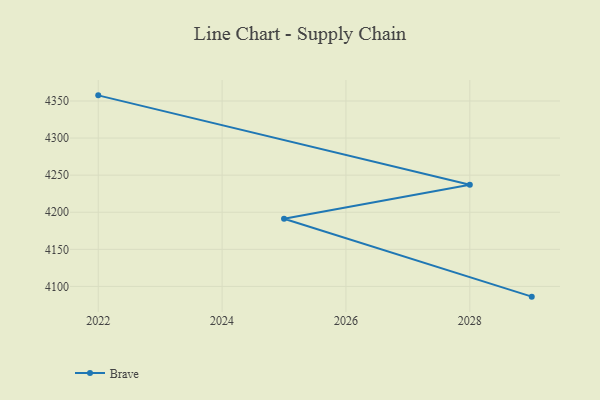
{"axis": {"x": "Year", "y": "Headcount"}, "legend": ["Brave"], "data": [{"x": "2029", "y": 4086.2, "type": "Brave"}, {"x": "2025", "y": 4191.2, "type": "Brave"}, {"x": "2028", "y": 4237.1, "type": "Brave"}, {"x": "2022", "y": 4357.6, "type": "Brave"}]}